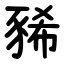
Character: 豨